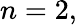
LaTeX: n=2,